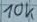
Text: 10K